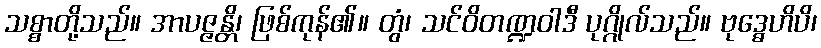
သစ္စာတို့သည်။ အာပဇ္ဇန္တိ၊ ဖြစ်ကုန်၏။ တွံ၊ သင်ဝိတဏ္ဍဝါဒီ ပုဂ္ဂိုလ်သည်။ ဗုဒ္ဓေဟိပိ၊